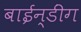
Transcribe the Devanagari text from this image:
बाईन्डींग